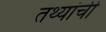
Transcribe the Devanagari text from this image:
तथ्यांची